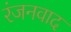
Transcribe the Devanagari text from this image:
रंजनवाद